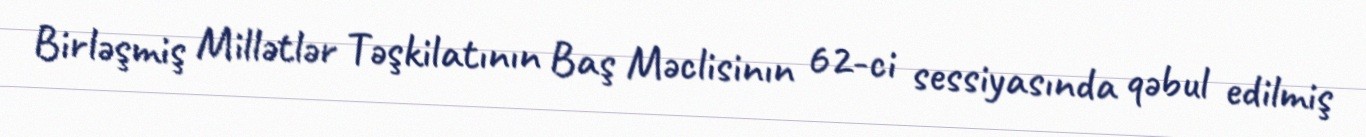
Birləşmiş Millətlər Təşkilatının Baş Məclisinın 62-ci sessiyasında qəbul edilmiş